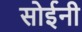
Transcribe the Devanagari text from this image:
सोईनी